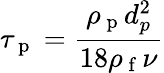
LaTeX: \tau_{\mathrm{~p~}}=\frac{\rho_{\mathrm{~p~}}d_{p}^{2}}{18\rho_{\mathrm{~f~}}\nu}